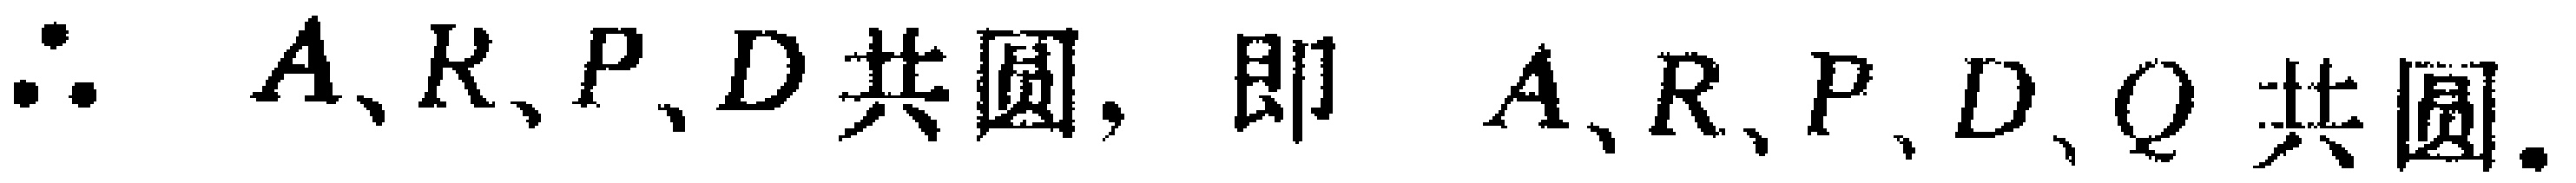
$\therefore\ A、K、P、D\text{ 共圆，即 }A、R、P、D、Q\text{ 共圆}.$